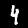
Label: 4